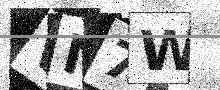
Text: VM7W